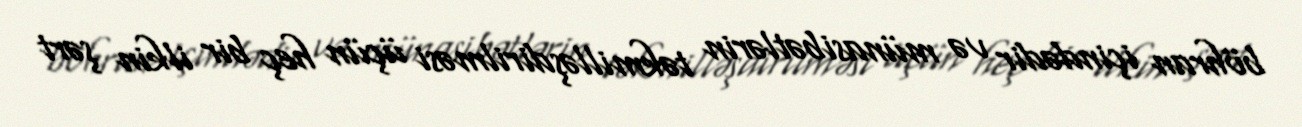
böhran içindədir və münasibətlərin təkmilləşdirilməsi üçün heç bir ilkin şərt